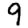
Digit: 9